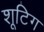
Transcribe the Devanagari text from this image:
शूटिग